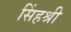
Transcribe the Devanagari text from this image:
सिंहश्री